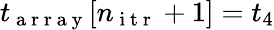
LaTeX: t_{\mathrm{~a~r~r~a~y~}}[n_{\mathrm{~i~t~r~}}+1]=t_{4}